Indian journal of veterinary science and animal husbandry - Volumes 22-23, 1952-1953
Year: 1952
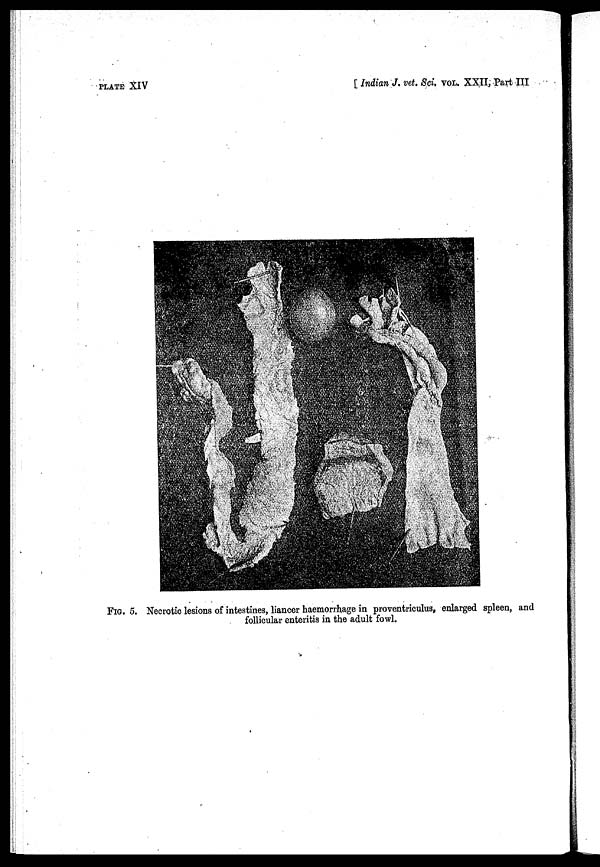
PLATE XIV
[Indian J. vet. Sci, VOL. XXII, Part III
FIG. 5. Necrotic lesions of intestines, liancer haemorrhage in proventriculus, enlarged spleen, and
follicular enteritis in the adult fowl.